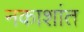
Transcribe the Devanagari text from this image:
नकाशांत